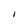
Character: I